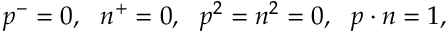
p ^ { - } = 0 , \ \ n ^ { + } = 0 , \ \ p ^ { 2 } = n ^ { 2 } = 0 , \ \ p \cdot n = 1 ,